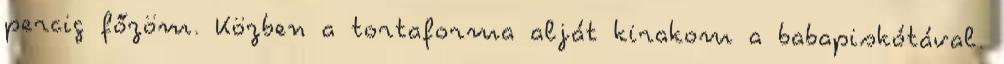
percig főzöm. Közben a tortaforma alját kirakom a babapiskótával.